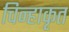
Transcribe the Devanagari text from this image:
चिन्हाकृत